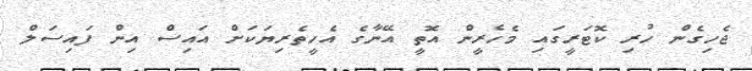
ޖެހިގެން ހުރި ކޮޓަރީގައި މެހެރީން އޮތީ އޭނާގެ އެހީތެރިޔަކަށް އައިސް އިން ފައިސަލް